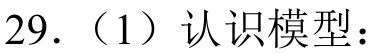
29.（1）认识模型：